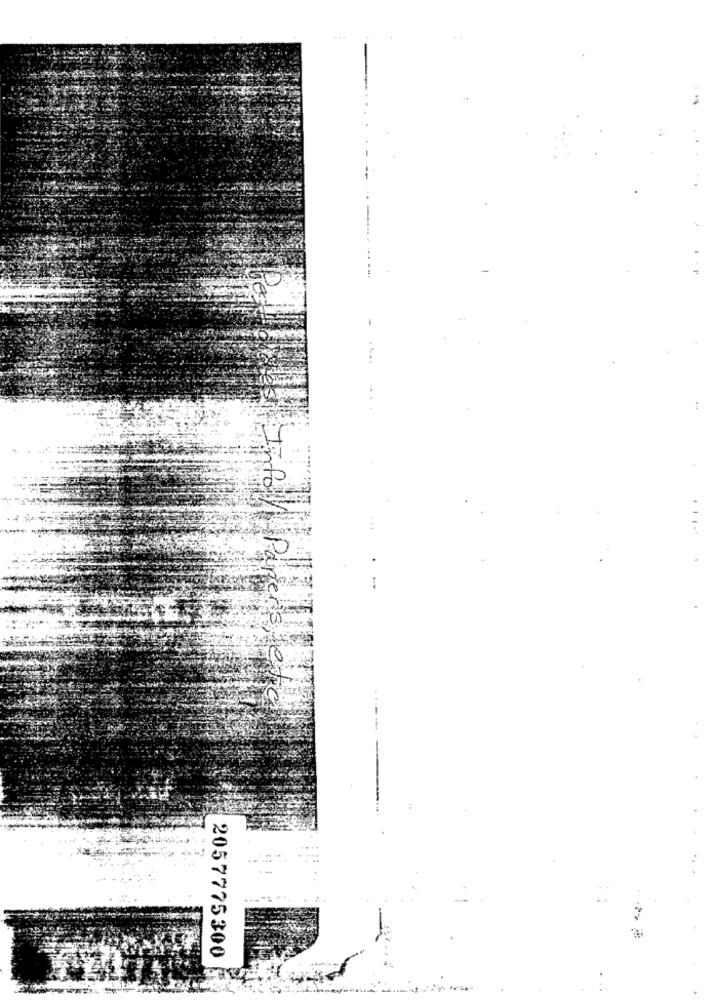
...
Info/ Parens, esta
-----
2057775300